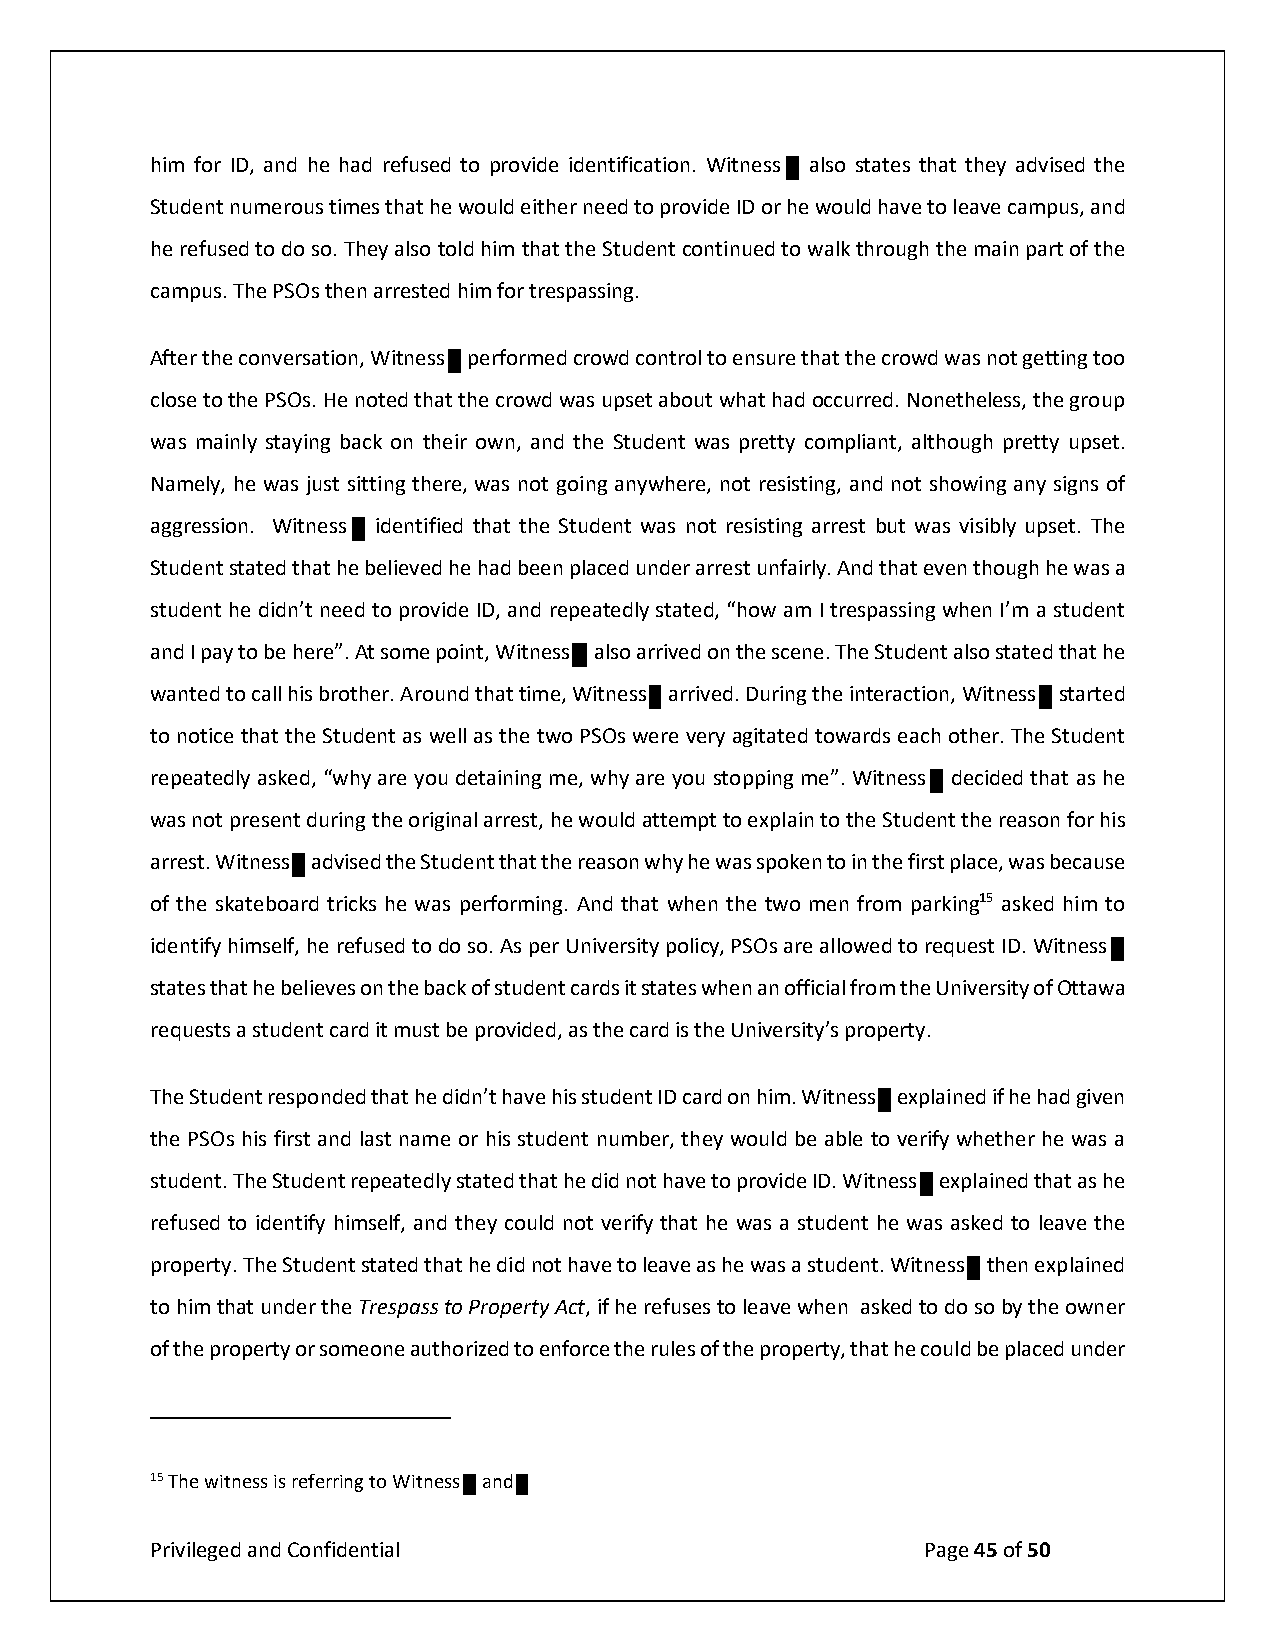
him for ID, and he had refused to provide identification. Witness also states that they advised the
 Student numerous times that he would either need to provide ID or he would have to leave campus, and
 he refused to do so. They also told him that the Student continued to walk through the main part of the
 campus. The PSOs then arrested him for trespassing.
 15 The witness is referring to Witness and
 Privileged and Confidential                        Page 45 of 50
 The Student responded that he didn’t have his student ID card on him. Witness explained if he had given
 the PSOs his first and last name orA hftise rs ttuhde ecnotn nveurmsabteior,n t, h Weyit nweosus ld pbeer faobrlme etod vcreoriwfyd wcohnettrhoelr t oh ee nwsausr ea that the crowd was not getting too
 student. The Student repeatedly stactloesde t htoa tt hhee PdSidO ns.o Ht eh anvoet etod pthroavt itdhee I Dcr.o Wwidtn wesass u pesxeptl aaibnoedu tt hwahta ats h haed occurred. Nonetheless, the group
 refused to identify himself, and thweya sc omualdin nlyo ts tvaeyriinfyg tbhaactk h oen w tahse iar sotwudne, natn hde t hwea sS tausdkeendt tow alesa pvree tthtye compliant, although pretty upset.
 property. The Student stated that hNea dmide lnyo, th hea wvea st oju lesta vseit tains gh eth weares ,a w satusd neontt .g Woinitgn easnsy w thheerne ,e nxoptla rineseidst ing, and not showing any signs of
 to him that under the Trespass to Pargogpreerstsyi oAnc.t , Wif hiten eressfu se isd teon tleifaievde wthhaet nt h aes kSetdu d teon dto w saos b nyo tth ere oswistninegr arrest but was visibly upset. The
 of the property or someone authoriSzteudd teon et nstfoatreced tthhea tr uhlee sb oelfi ethvee dp rhoep heartdy ,b teheant hpela ccoedu ludn bdee pr laarcreeds tu unndfeari rly. And that even though he was a
 student he didn’t need to provide ID, and repeatedly stated, “how am I trespassing when I’m a student
 and I pay to be here”. At some point, Witness also arrived on the scene. The Student also stated that he
 wanted to call his brother. Around that time, Witness arrived. During the interaction, Witness started
 to notice that the Student as well as the two PSOs were very agitated towards each other. The Student
 repeatedly asked, “why are you detaining me, why are you stopping me”. Witness decided that as he
 was not present during the original arrest, he would attempt to explain to the Student the reason for his
 arrest. Witness advised the Student that the reason why he was spoken to in the first place, was because
 of the skateboard tricks he was performing. And that when the two men from parking15 asked him to
 identify himself, he refused to do so. As per University policy, PSOs are allowed to request ID. Witness
 states that he believes on the back of student cards it states when an official from the University of Ottawa
 requests a student card it must be provided, as the card is the University’s property.